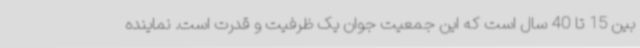
بین 15 تا 40 سال است که این جمعیت جوان یک ظرفیت و قدرت است. نماینده